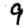
Digit: 9